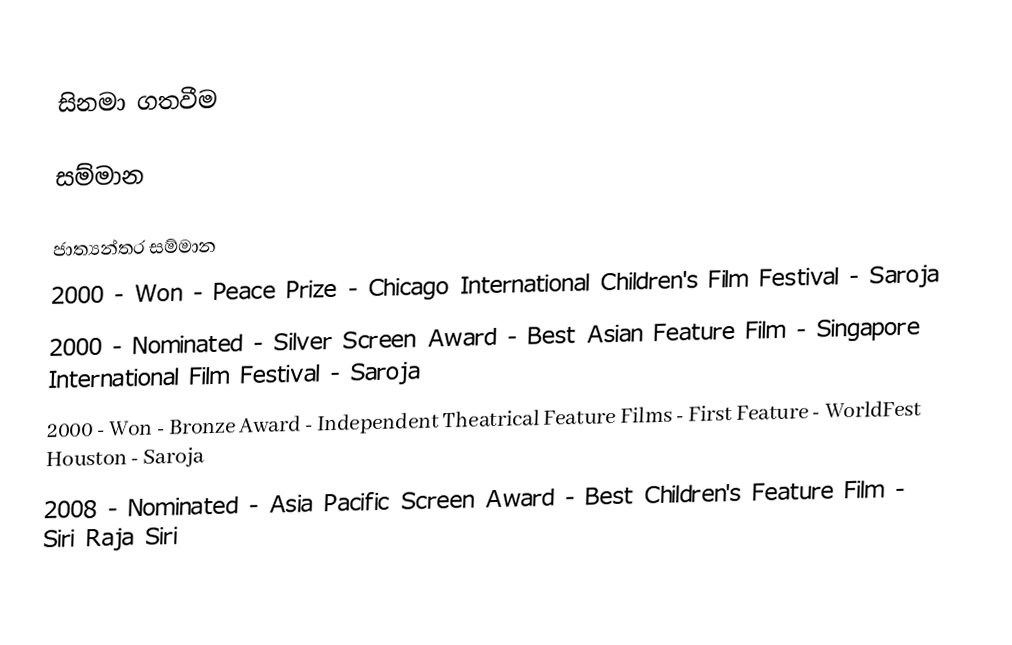

සිනමා ගතවීම

සම්මාන

ජාත්‍යන්තර සම්මාන
2000 - Won - Peace Prize - Chicago International Children's Film Festival - Saroja
2000 - Nominated - Silver Screen Award - Best Asian Feature Film - Singapore International Film Festival - Saroja
2000 - Won - Bronze Award - Independent Theatrical Feature Films - First Feature - WorldFest Houston - Saroja
2008 - Nominated - Asia Pacific Screen Award - Best Children's Feature Film - Siri Raja Siri